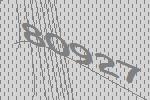
80927